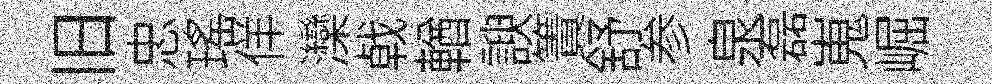
旧忠瑶佯灤㦸輶諛簀舒参泉磊嵬崛